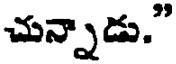
చున్నాడు."